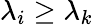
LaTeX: \lambda_{i}\geq\lambda_{k}